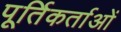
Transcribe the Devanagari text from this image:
पूर्तिकर्ताओं